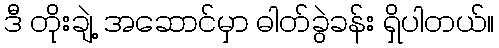
ဒီ တိုးချဲ့ အဆောင်မှာ ဓါတ်ခွဲခန်း ရှိပါတယ်။